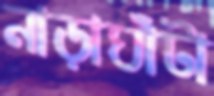
নাড়াঘাঁটা